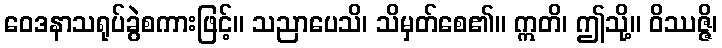
ဝေဒနာသရုပ်ခွဲစကားဖြင့်။ သညာပေသိ၊ သိမှတ်စေ၏။ ဣတိ၊ ဤသို့။ ဝိဿဇ္ဇိ၊